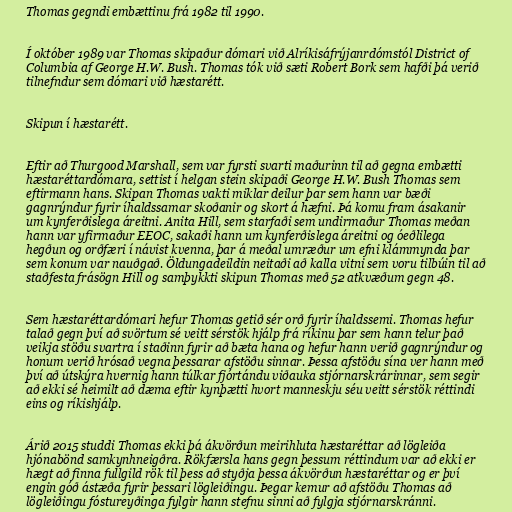
Thomas gegndi embættinu frá 1982 til 1990.

Í október 1989 var Thomas skipaður dómari við Alríkisáfrýjanrdómstól District of
Columbia af George H.W. Bush. Thomas tók við sæti Robert Bork sem hafði þá verið
tilnefndur sem dómari við hæstarétt.

Skipun í hæstarétt.

Eftir að Thurgood Marshall, sem var fyrsti svarti maðurinn til að gegna embætti
hæstaréttardómara, settist í helgan stein skipaði George H.W. Bush Thomas sem
eftirmann hans. Skipan Thomas vakti miklar deilur þar sem hann var bæði
gagnrýndur fyrir íhaldssamar skoðanir og skort á hæfni. Þá komu fram ásakanir
um kynferðislega áreitni. Anita Hill, sem starfaði sem undirmaður Thomas meðan
hann var yfirmaður EEOC, sakaði hann um kynferðislega áreitni og óeðlilega
hegðun og orðfæri í návist kvenna, þar á meðal umræður um efni klámmynda þar
sem konum var nauðgað. Öldungadeildin neitaði að kalla vitni sem voru tilbúin til að
staðfesta frásögn Hill og samþykkti skipun Thomas með 52 atkvæðum gegn 48.

Sem hæstaréttardómari hefur Thomas getið sér orð fyrir íhaldssemi. Thomas hefur
talað gegn því að svörtum sé veitt sérstök hjálp frá ríkinu þar sem hann telur það
veikja stöðu svartra í staðinn fyrir að bæta hana og hefur hann verið gagnrýndur og
honum verið hrósað vegna þessarar afstöðu sinnar. Þessa afstöðu sína ver hann með
því að útskýra hvernig hann túlkar fjórtándu viðauka stjórnarskrárinnar, sem segir
að ekki sé heimilt að dæma eftir kynþætti hvort manneskju séu veitt sérstök réttindi
eins og ríkishjálp.

Árið 2015 studdi Thomas ekki þá ákvörðun meirihluta hæstaréttar að lögleiða
hjónabönd samkynhneigðra. Rökfærsla hans gegn þessum réttindum var að ekki er
hægt að finna fullgild rök til þess að styðja þessa ákvörðun hæstaréttar og er því
engin góð ástæða fyrir þessari lögleiðingu. Þegar kemur að afstöðu Thomas að
lögleiðingu fóstureyðinga fylgir hann stefnu sinni að fylgja stjórnarskránni.